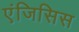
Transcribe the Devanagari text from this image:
एंजिसिस